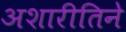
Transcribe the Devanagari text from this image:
अशारीतिने